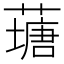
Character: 䕋